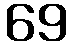
69